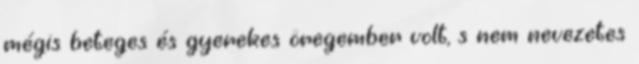
mégis beteges és gyerekes öregember volt, s nem nevezetes